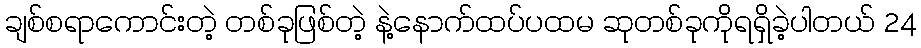
ချစ်စရာကောင်းတဲ့ တစ်ခုဖြစ်တဲ့ နဲ့နောက်ထပ်ပထမ ဆုတစ်ခုကိုရရှိခဲ့ပါတယ် 24